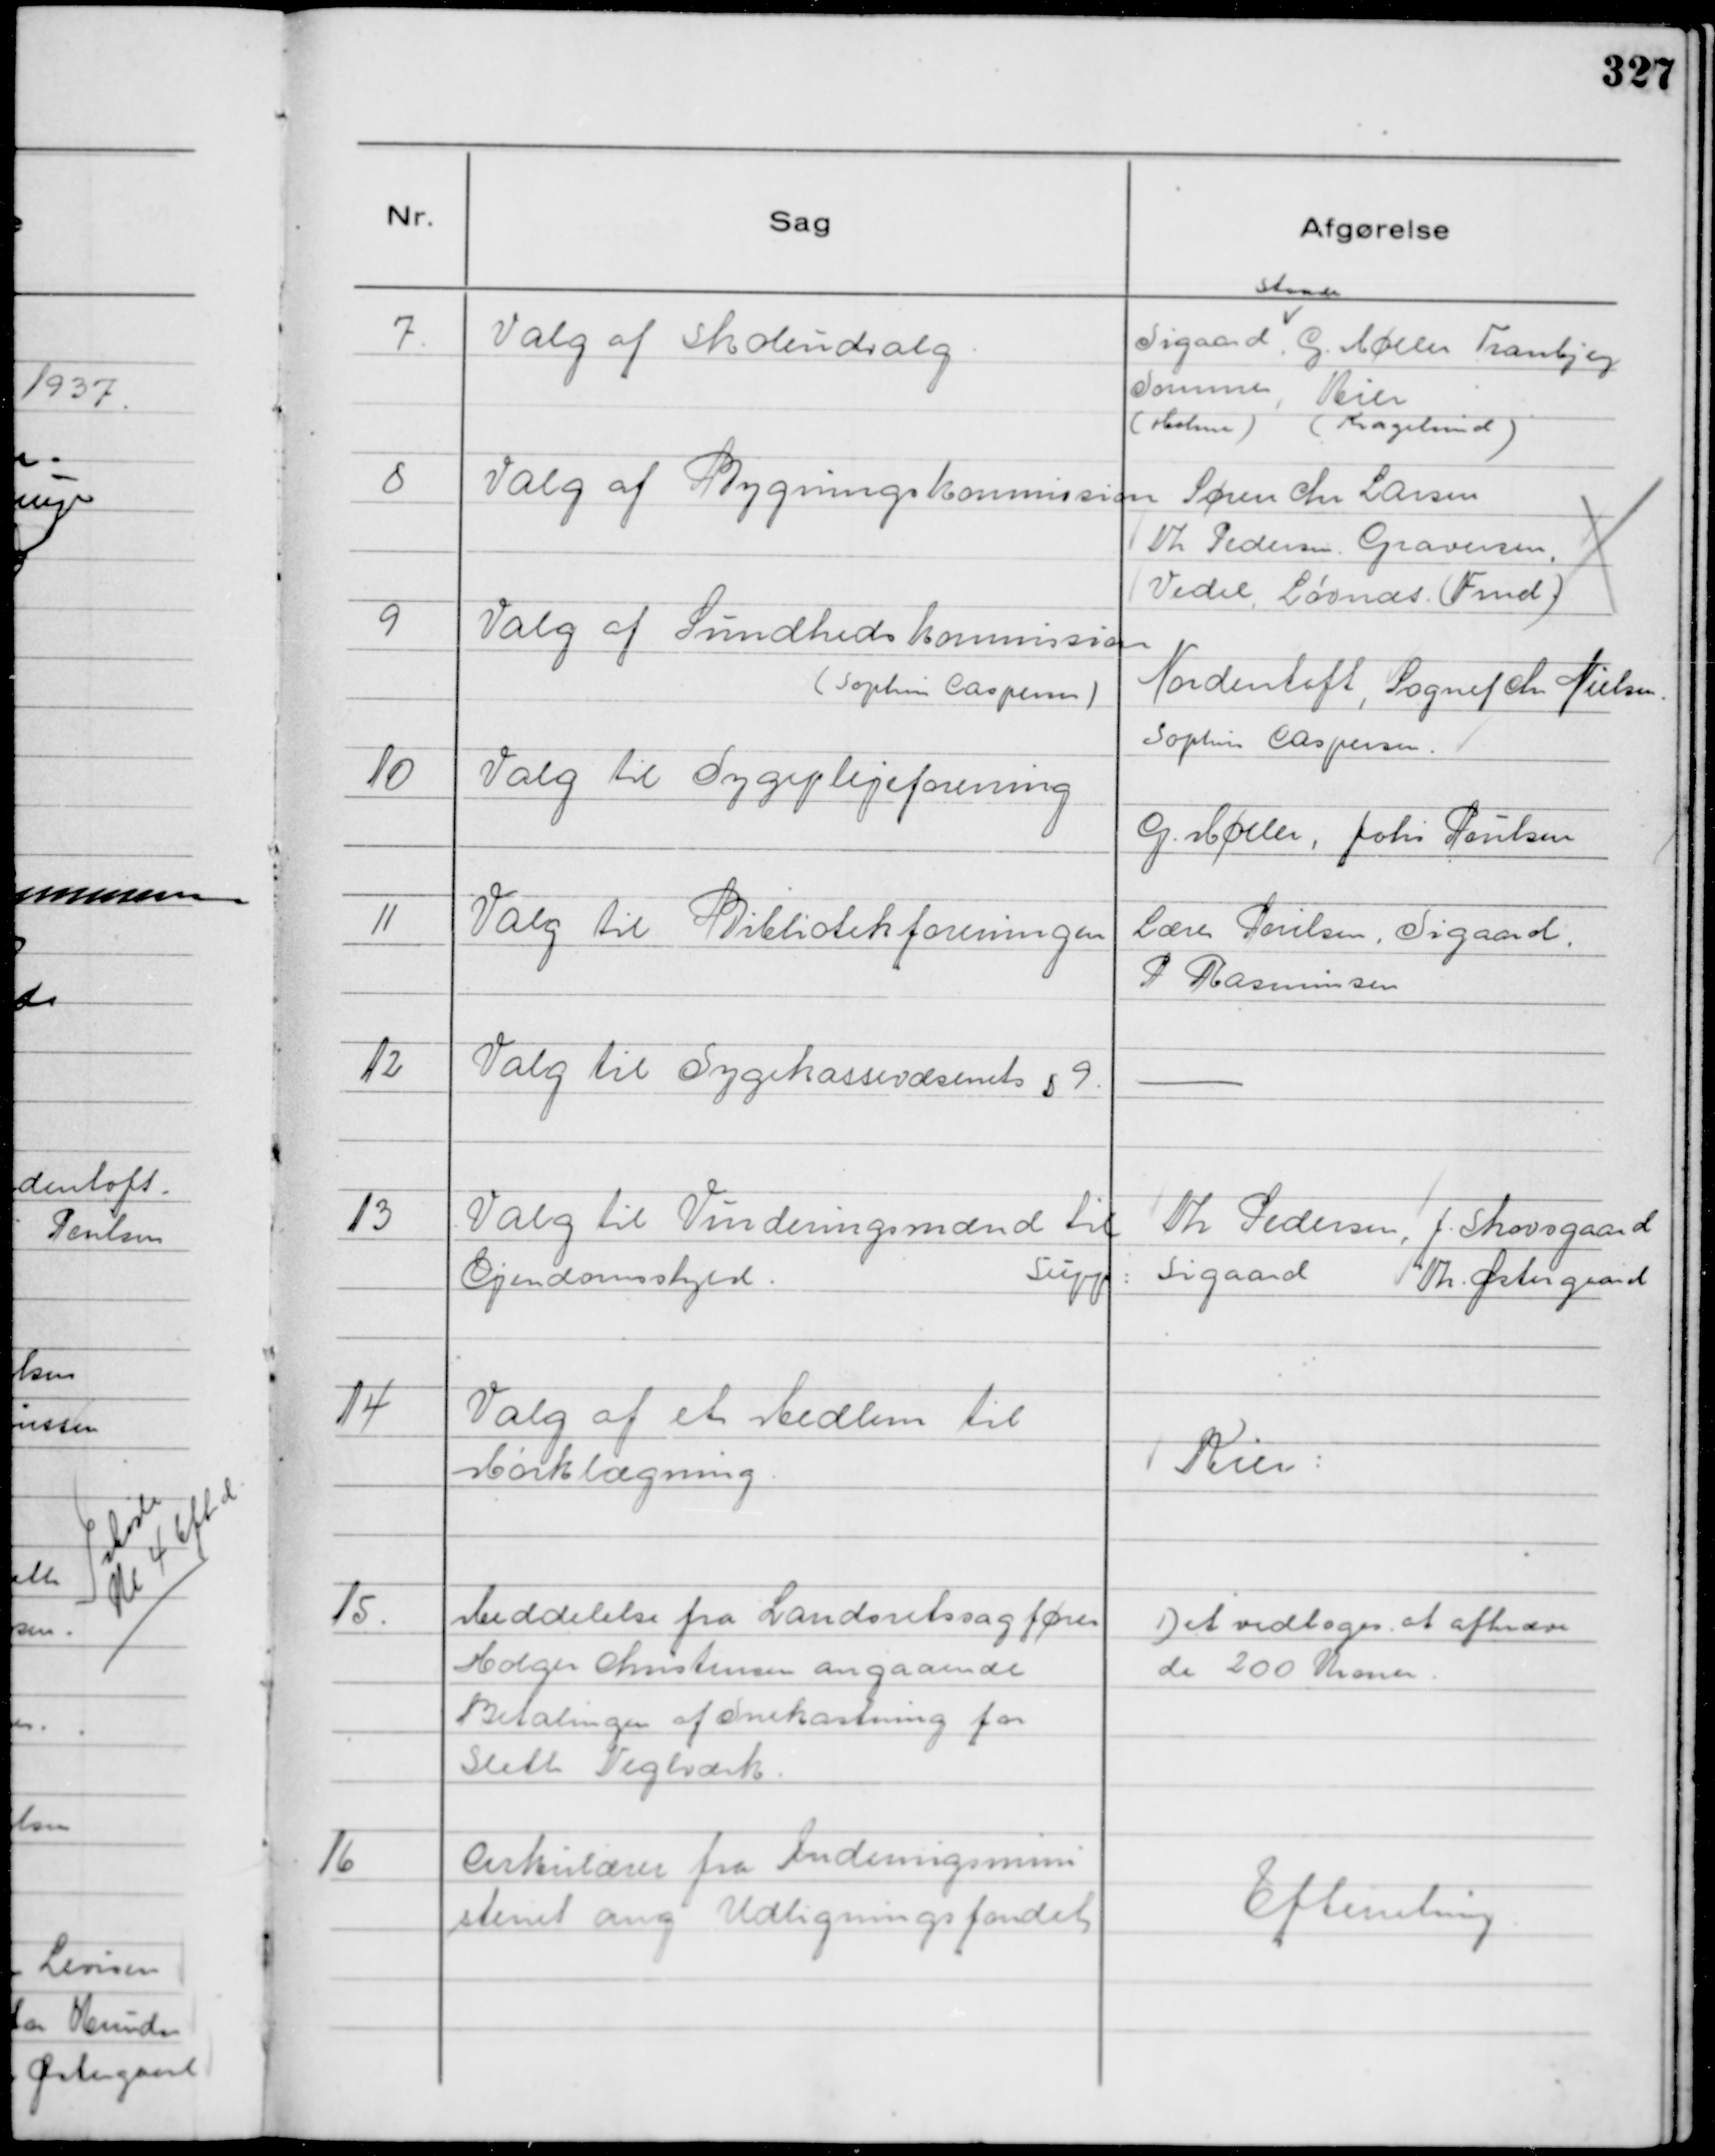
Transskription:
7.
Valg af Skoleudvalg.

Sigaard
Skaade
G. Møller Tranbjerg
Sommer,
( Holme )
Kier
( Kragelund )

8
Valg af Bygningskommission

Søren Chr Larsen
Vh Pedersen. Graversen,
Vedel, Løvnæs ( Fmd )

9
Valg af Sundhedskommission
( Sophus Caspersen )

Nordentoft, Sognef Chr Nielsen.
Sophus Caspersen.

10
Valg til Sygeplejeforening

G. Møller, Johs Poulsen

11
Valg til Bibliotekforeningen

Lærer Poulsen, Sigaard
P Rasmussen

12
Valg til Sygekassevæsenets § 9.

-

13
Valg til Vurderingsmænd til
Ejendomsskyld.

Th Pedersen, J. Skovsgaard
Supp : Sigaard Th. Østergaard

14
Valg af et Medlem til
Mørklægning.

Kier:

15.
Meddelelse fra Landsretssagfører
Holger Christensen angaaende
Betalingen af Snekastning for
Sleth Teglværk.

Det vedtoges at afkræve
de 200 Kroner.

16
Cirkulærer fra Indenrigsmini
steriet ang Udligningsfondet

Efterretning